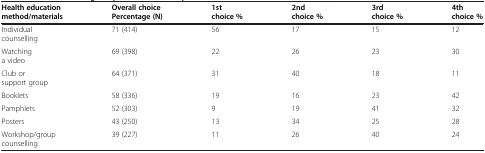
<table><thead><tr><td><b>Health education method/materials</b></td><td><b>Overall choice Percentage (N)</b></td><td><b>1st choice %</b></td><td><b>2nd choice %</b></td><td><b>3rd choice %</b></td><td><b>4th choice %</b></td></tr></thead><tbody><tr><td>Individual counselling</td><td>71 (414)</td><td>56</td><td>17</td><td>15</td><td>12</td></tr><tr><td>Watching a video</td><td>69 (398)</td><td>22</td><td>26</td><td>23</td><td>30</td></tr><tr><td>Club or support group</td><td>64 (371)</td><td>31</td><td>40</td><td>18</td><td>11</td></tr><tr><td>Booklets</td><td>58 (336)</td><td>19</td><td>16</td><td>23</td><td>42</td></tr><tr><td>Pamphlets</td><td>52 (303)</td><td>9</td><td>19</td><td>41</td><td>32</td></tr><tr><td>Posters</td><td>43 (250)</td><td>13</td><td>34</td><td>25</td><td>28</td></tr><tr><td>Workshop/group counselling</td><td>39 (227)</td><td>11</td><td>26</td><td>40</td><td>24</td></tr></tbody></table>